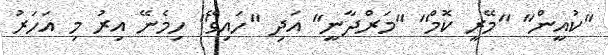
"ކުއީން" "މޭރީ ކޮމް" "މަރްދާނީ" އަދި "ހައިވޭ" ހިމެނޭ އިރު މި އަހަރު